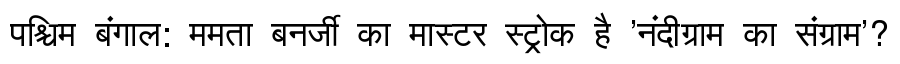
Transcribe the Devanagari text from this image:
पश्चिम बंगाल: ममता बनर्जी का मास्टर स्ट्रोक है 'नंदीग्राम का संग्राम'?